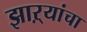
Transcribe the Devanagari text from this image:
झाऱ्यांचा